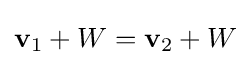
\mathbf {v} _{1}+W=\mathbf {v} _{2}+W